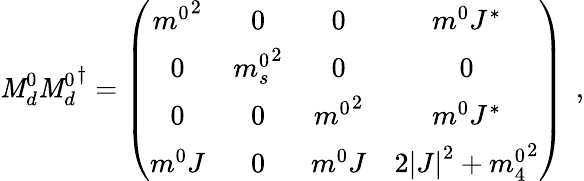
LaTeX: \mathit{M}_{d}^{0}{\mathit{M}_{d}^{0}}^{\dagger}=\left(\begin{array}{cccc}{{{m^{0}}^{2}}}&{{0}}&{{0}}&{{m^{0}J^{\ast}}}\\ {{0}}&{{{m_{s}^{0}}^{2}}}&{{0}}&{{0}}\\ {{0}}&{{0}}&{{{m^{0}}^{2}}}&{{m^{0}J^{\ast}}}\\ {{m^{0}J}}&{{0}}&{{m^{0}J}}&{{2\left|J\right|^{2}+{m_{4}^{0}}^{2}}}\end{array}\right)\: \: ,